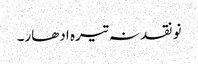
نو نقد نہ تیرہ ادھار۔